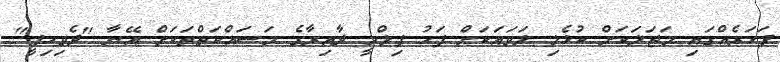
ފަހަރެއްގައި މަޖަލަކަށް ކުޅެލި ލަވައަކަށް ފަހު ފިލްމީ ދާއިރާގެ މަސައްކަތްތަކަށް އޭނާ "ދެވިހިފީ"